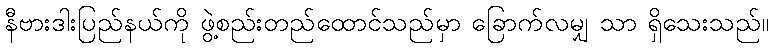
နီဗားဒါးပြည်နယ်ကို ဖွဲ့စည်းတည်ထောင်သည်မှာ ခြောက်လမျှ သာ ရှိသေးသည်။